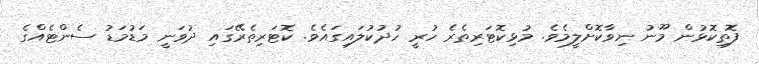
ފޮތިކޮޅުން މޫނު ނިވާކޮށްލީމެވެ. މުޅިކޮޓަރިތެރެ ހުރީ ހުދުކުލައިގައެވެ. ކޮޓަރިތެރޭގައި ދުވަނީ މަޑުމަޑު ސެންޓެއްގެ